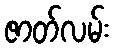
ဇာတ်လမ်း